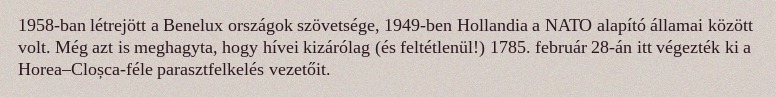
1958-ban létrejött a Benelux országok szövetsége, 1949-ben Hollandia a NATO alapító államai között volt. Még azt is meghagyta, hogy hívei kizárólag (és feltétlenül!) 1785. február 28-án itt végezték ki a Horea–Cloșca-féle parasztfelkelés vezetőit.